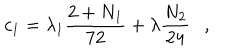
LaTeX: c _ { 1 } = \lambda _ { 1 } \frac { 2 + N _ { 1 } } { 7 2 } + \lambda \frac { N _ { 2 } } { 2 4 } ,